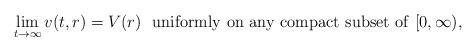
LaTeX: \begin{align*}\lim_{t\to\infty}v(t,r)=V(r)\ \ {\rm uniformly\ on\ any\ compact\ subset\ of}\ [0,\infty),\end{align*}